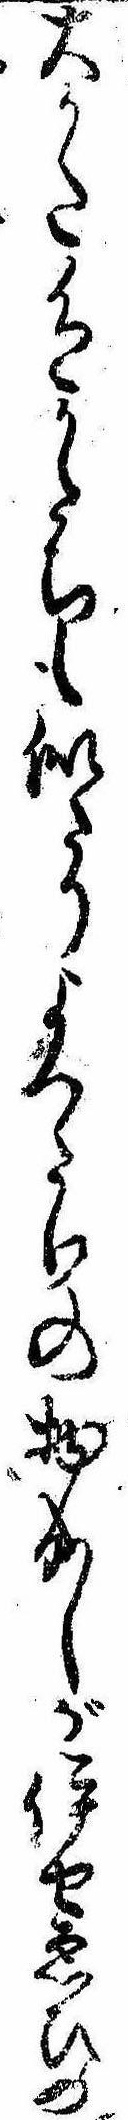
大かた色かたちも似たりよつたりの物成しが伊せゑひの